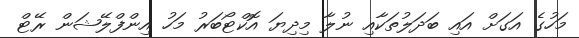
މަހުގެ އަގަށް އައި ބަދަލުތަކާއި ނުލާ މިދިޔަ އޮކްޓޯބަރު މަހު އިންފްލޭޝަން ރޭޓް